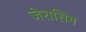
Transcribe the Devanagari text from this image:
जेरासिम